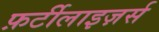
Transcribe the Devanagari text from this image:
फ़र्टीलाइज़र्स